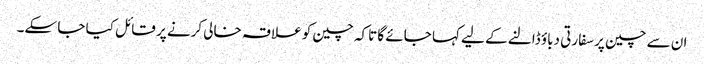
ان سے چین پر سفارتی دباؤ ڈالنے کے لیے کہا جائے گا تاکہ چین کو علاقہ خالی کرنے پر قائل کیا جا سکے۔